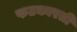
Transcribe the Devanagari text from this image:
फटकारती